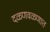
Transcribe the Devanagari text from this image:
दळणवळणात